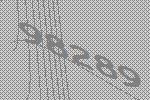
98289